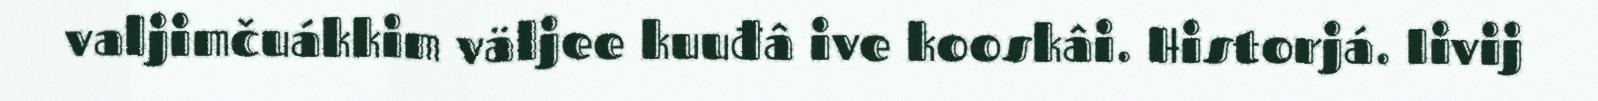
valjimčuákkim väljee kuuđâ ive kooskâi. Historjá. Iivij